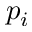
p _ { i }